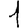
Digit: 1